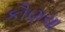
કૌણચા